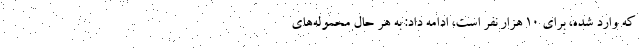
که وارد شده، برای ۱۰ هزار نفر است، ادامه داد: به هر حال محموله‌های